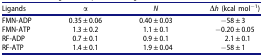
<table><thead><tr><td><b>Ligands</b></td><td><b>α</b></td><td><b><i>N</i></b></td><td><b>Δ<i>h</i> (kcal mol<sup>−1</sup>)</b></td></tr></thead><tbody><tr><td>FMN-ADP</td><td>0.35 ± 0.06</td><td>0.40 ± 0.03</td><td>−58 ± 3</td></tr><tr><td>FMN-ATP</td><td>1.3 ± 0.2</td><td>1.1 ± 0.1</td><td>−0.20 ± 0.05</td></tr><tr><td>RF-ADP</td><td>0.7 ± 0.1</td><td>0.9 ± 0.1</td><td>2.1 ± 0.1</td></tr><tr><td>RF-ATP</td><td>1.4 ± 0.1</td><td>1.9 ± 0.04</td><td>−58 ± 1</td></tr></tbody></table>